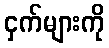
ငှက်များကို